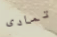
تمادى